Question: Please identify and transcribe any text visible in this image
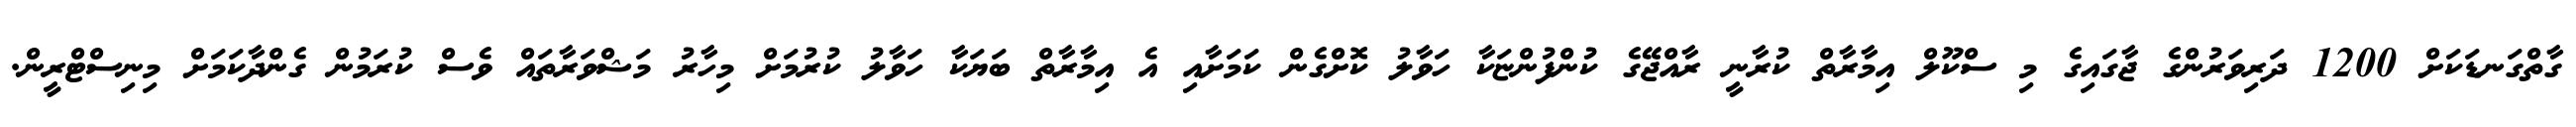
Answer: ގާތްގަނޑަކަށް 1200 ދަރިވަރުންގެ ޖާގައިގެ މި ސްކޫލް އިމާރާތް ކުރާނީ ރާއްޖޭގެ ކުންފުންޏަކާ ހަވާލު ކޮށްގެން ކަމަށާއި އެ އިމާރާތް ބަޔަކާ ހަވާލު ކުރުމަށް މިހާރު މަޝްވަރާތައް ވެސް ކުރަމުން ގެންދާކަމަށް މިނިސްޓްރީން.